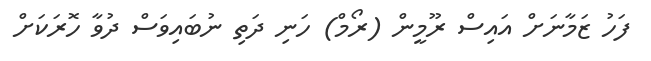
ފަހު ޒަމާނަށް އައިސް ރޫމީން (ރޯމް) ހަނި ދަތި ނުބައިވަސް ދުވާ ހޮރަކަށް